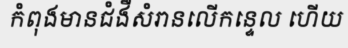
កំពុងមានជំងឺសំរានលើកន្ទេល ហើយ